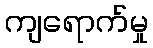
ကျရောက်မှု